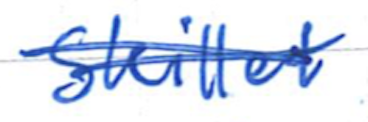
Text: Skillet
Cross-out: double-line
Writing tool: ballpoint